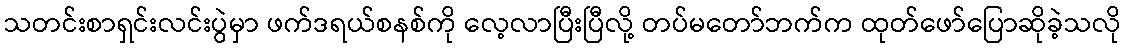
သတင်းစာရှင်းလင်းပွဲမှာ ဖက်ဒရယ်စနစ်ကို လေ့လာပြီးပြီလို့ တပ်မတော်ဘက်က ထုတ်ဖော်ပြောဆိုခဲ့သလို